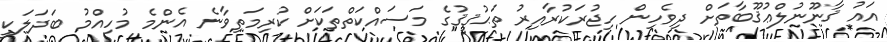
އައު ޤާނޫނުލްޢުޤޫބާތަށް ދިވެހިން ހިޖުރަކުރާއިރު ތަޙުޤީޤުގެ މަސައްކަތްތަކަށް ކުރިމަތިވާނެ އެންމެ މުހިއްމު ބަދަލަކީ